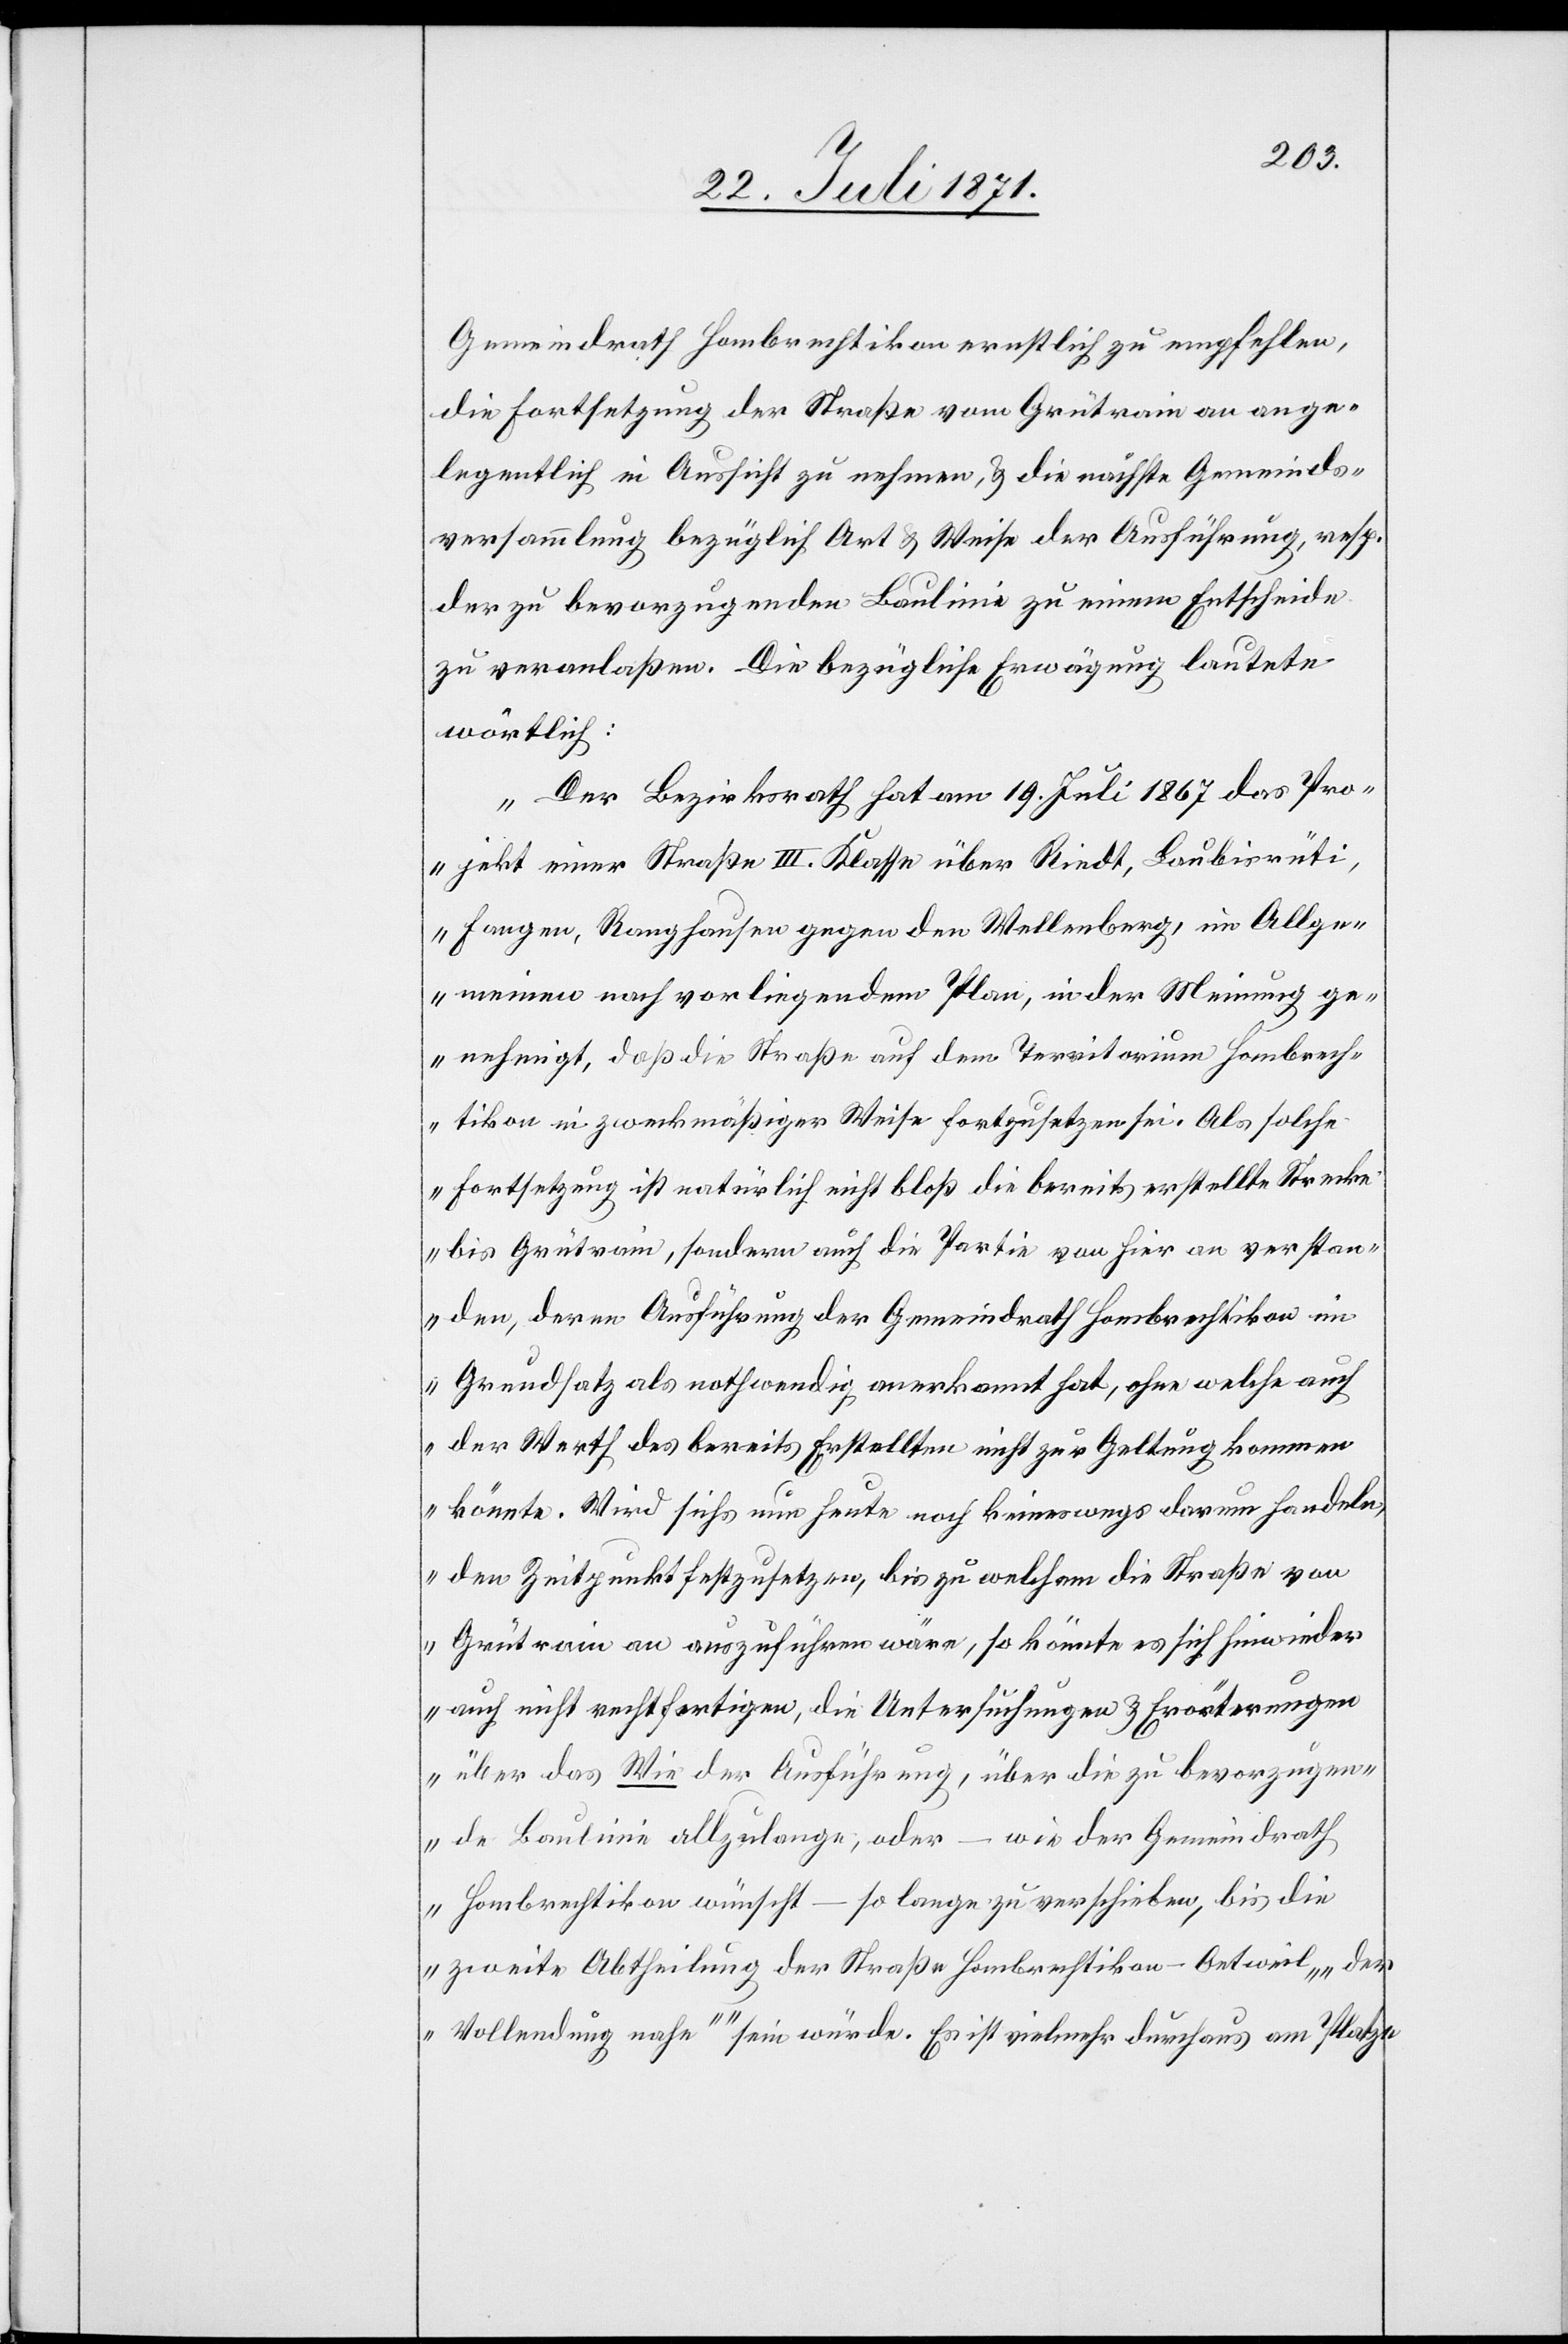
Gemeindrath Hombrechtikon ernstlich zu empfehlen,
die Fortsetzung der Straße vom Grütrain an ange¬
legentlich in Aussicht zu nehmen, u. die nächste Gemeinds¬
versammlung bezüglich Art u. Weise der Ausführung, resp.
der zu bevorzugenden Baulinie zu einem Entscheide
zu veranlaßen. Die bezügliche Erwägung lautet
wörtlich:
„Der Bezirksrath hat am 19. Juli 1867 das Pro¬
jekt einer Straße III. Klasse über Riedt, Laubisrüti,
Horgen, Ranghausen gegen den Wellenberg, im Allge¬
meinen nach vorliegendem Plan, in der Meinung ge¬
nehmigt, daß die Straße auf dem Territorium Hombrech¬
tikon in zweckmäßiger Weise fortzusetzen sei. Als solche
Fortsetzung ist natürlich nicht bloß die bereits erstellte Strecke
bis Grütrain, sondern auch die Partie von hier an verstan¬
den, deren Ausführung der Gemeindrath Hombrechtikon im
Grundsatz als nothwendig anerkannt hat, ohne welche auch
der Werth des bereits Erstellten nicht zur Geltung kommen
könnte. Wird sichs nun heute noch keineswegs darum handeln,
den Zeitpunkt festzusetzen, bis zu welchem die Straße von
Grütrain an auszuführen wäre, so könnte es sich hinwieder
auch nicht rechtfertigen, die Unterführung u. Erörterungen
über das Wie der Ausführung, über die zu bevorzugen¬
de Baulinie allzulange, oder – wie der Gemeindrath
Hombrechtikon wünscht – so lange zu verschieben, bis die
zweite Abtheilung der Straße Hombrechtikon-Oetweil „der
Vollendung nahe“ sein würde. Es ist vielmehr durchaus am Platze